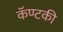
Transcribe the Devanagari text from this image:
कॅण्टकी